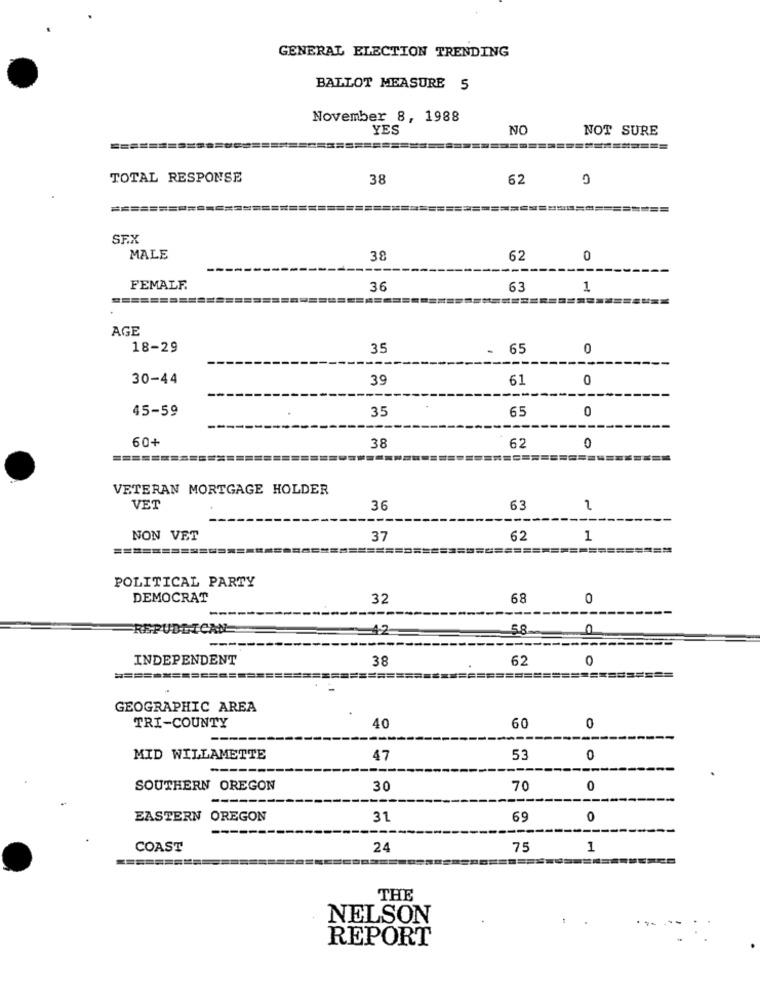
GENERAL ELECTION TRENDING
BALLOT MEASURE 5
November 8, 1988
YES
NO
NOT SURE
===
===========
TOTAL RESPONSE
38
62
===========
SE.X
MALE
38
62
0
FEMALF
36
63
1
=========
======
AGE
18-29
35
-
65
0
30-44
39
61
0
45-59
35
65
0
60+
38
62
0
VETERAN MORTGAGE HOLDER
VET
36
63
2
NON VET
37
62
1
============
=======
========
POLITICAL PARTY
DEMOCRAT
32
68
0
REPUBLICAN
42
5.8
0
INDEPENDENT
38
62
0
================
======
===========
GEOGRAPHIC AREA
TRI-COUNTY
40
60
0
MID WILLAMETTE
47
53
0
---
SOUTHERN OREGON
30
70
0
EASTERN OREGON
31
69
0
COAST
24
75
1
=======
THE
NELSON
REPORT